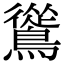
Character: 䳷